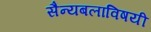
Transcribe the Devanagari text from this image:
सैन्यबलाविषयी